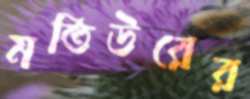
মতিউরের